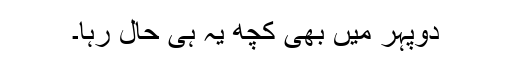
دوپہر میں بھی کچھ یہ ہی حال رہا۔